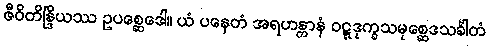
ဇီဝိတိန္ဒြိယဿ ဥပစ္ဆေဒေါ။ ယံ ပနေတံ အရဟန္တာနံ ဝဋ္ဋဒုက္ခသမုစ္ဆေဒသင်္ခါတံ